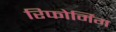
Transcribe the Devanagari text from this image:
रिफोर्मिंग